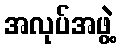
အလုပ်အဖွဲ့